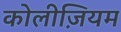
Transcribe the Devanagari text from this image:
कोलीज़ियम